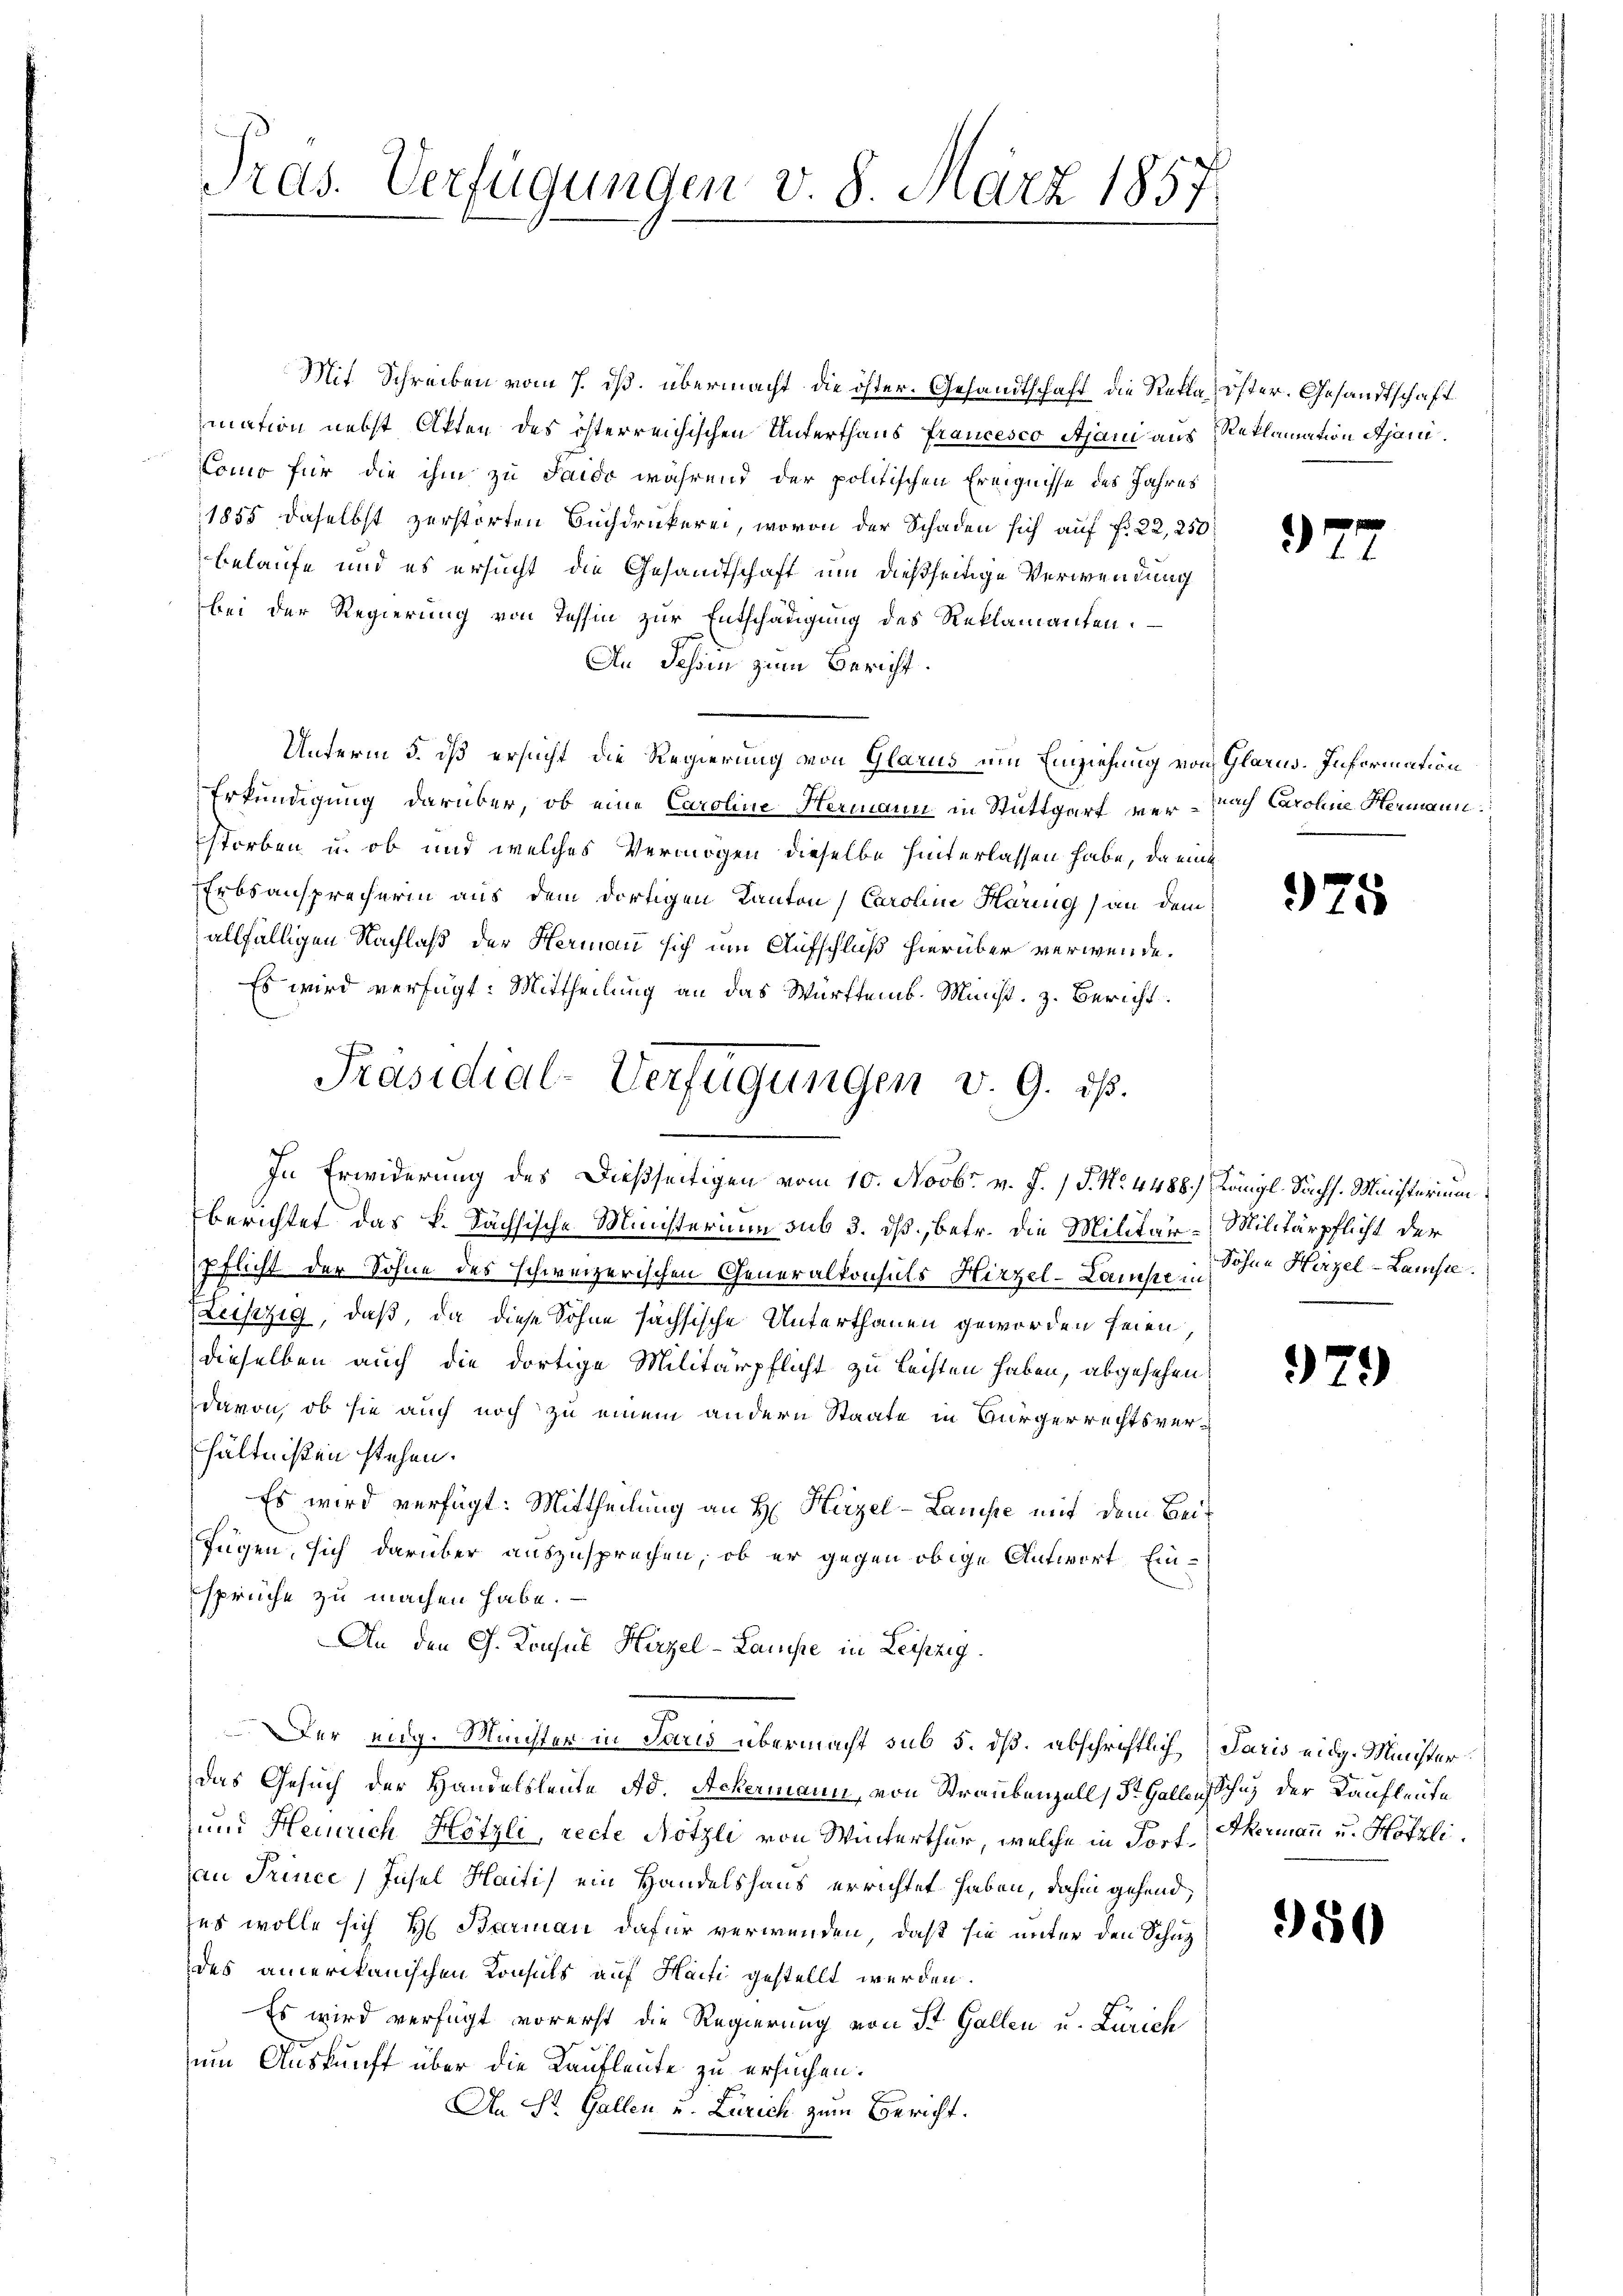
Iras. Verfügungen v. 8. März 1857.

Mit Schreiben vom 7. ds. übermacht die öster-Gesandtschaft die Rekla öster. Gesandtschaft
mation nebst Akten des österreichischen Unterthans francesco Ajani aus Reklamation Ajani¬
Como für die ihm zu Saido während der politischen Ereignisse des Jahres
1855 daselbst zerstorten Buchdruckerei, wovon der Schaden sich auf fr. 22, 250
belaufe und es ersucht die Gesandtschaft um dießseitige Verwendung
bei der Regierung von Tessin zur Entschädigung des Reklamanten.
An Jehm zum Bericht.
Unterm 5. dß ersucht die Regierung von Glarus um Einziehung von Glarus. Information
Erkundigung darüber, ob eine Caroline Hermann in Stuttgart ver- nach Caroline Hermann
storben u. ob und welches Vermögen dieselbe hinterlassen habe, da eint
Erbsansprecherin aus dem dortigen Kanton, Caroline Häring an dem
allfälligen Nachlaß der Hermann sich um Aufschluß hierüber verwende.
Es wird verfügt: Mittheilung an das Württemb. Minist. z. Bericht
Eberichtet das k. Sächsische Ministerium sub 3. dß, betr. die Militär-Militärpflicht der
pflicht der Sohne des schweizerischen Generalkonsuls Hirzel-Lanse in Sohne Hirzel-Lamste.
Zeiszig, daß, da diese Sohne sachsische Unterthanen geworden seien
dieselben auch die dortige Militärpflicht zu leisten haben, abgesehen,
davon, ob sie auch noch zu einem andern Staate in Bürgerrechtsverhältnißen stehen.
Es wird verfügt: Mittheilung an H. Hirzel-Laniste mit dem Beifügen, sich darüber auszusprechen, ob er gegen obige Antwort Einsprüche zu machen habe.
An den G. Konsul Hirzel-Laufe in Leipzig.
Der eng. Münster in Paris übermacht sub 5. dß. abschriftlich Paris eidg. Minister
das Gesuch der Handelsleute Ad. Ackermann, von Straubenzell, St. Gallenschn der Kaufleute
und Heinrich Hötzli, recte Nötzli von Winterthur, welche in Torf Hermann u. Hötzli
au Trince, Insel Haiti) ein Handelshaus errichtet haben, dahin gehend,
es wolle sich H. Barman dafür verwenden, daß sie unter den Schuz
des amerikanischen Konsuls auf Harti gestellt werden.
Es wird verfügt vorerst die Regierung von St. Gallen u. Zürich
um Auskunft über die Kaufleute zu ersuchen.
An St. Gallen u. Zürich zum Bericht.

Präsidial-Verfügungen v. 9. ds.
In Erwiderung des Dießseitigen vom 10. Novbr. v. J. J. No. 4488.) Königl. Sächs. Ministerium

3

975

979

950